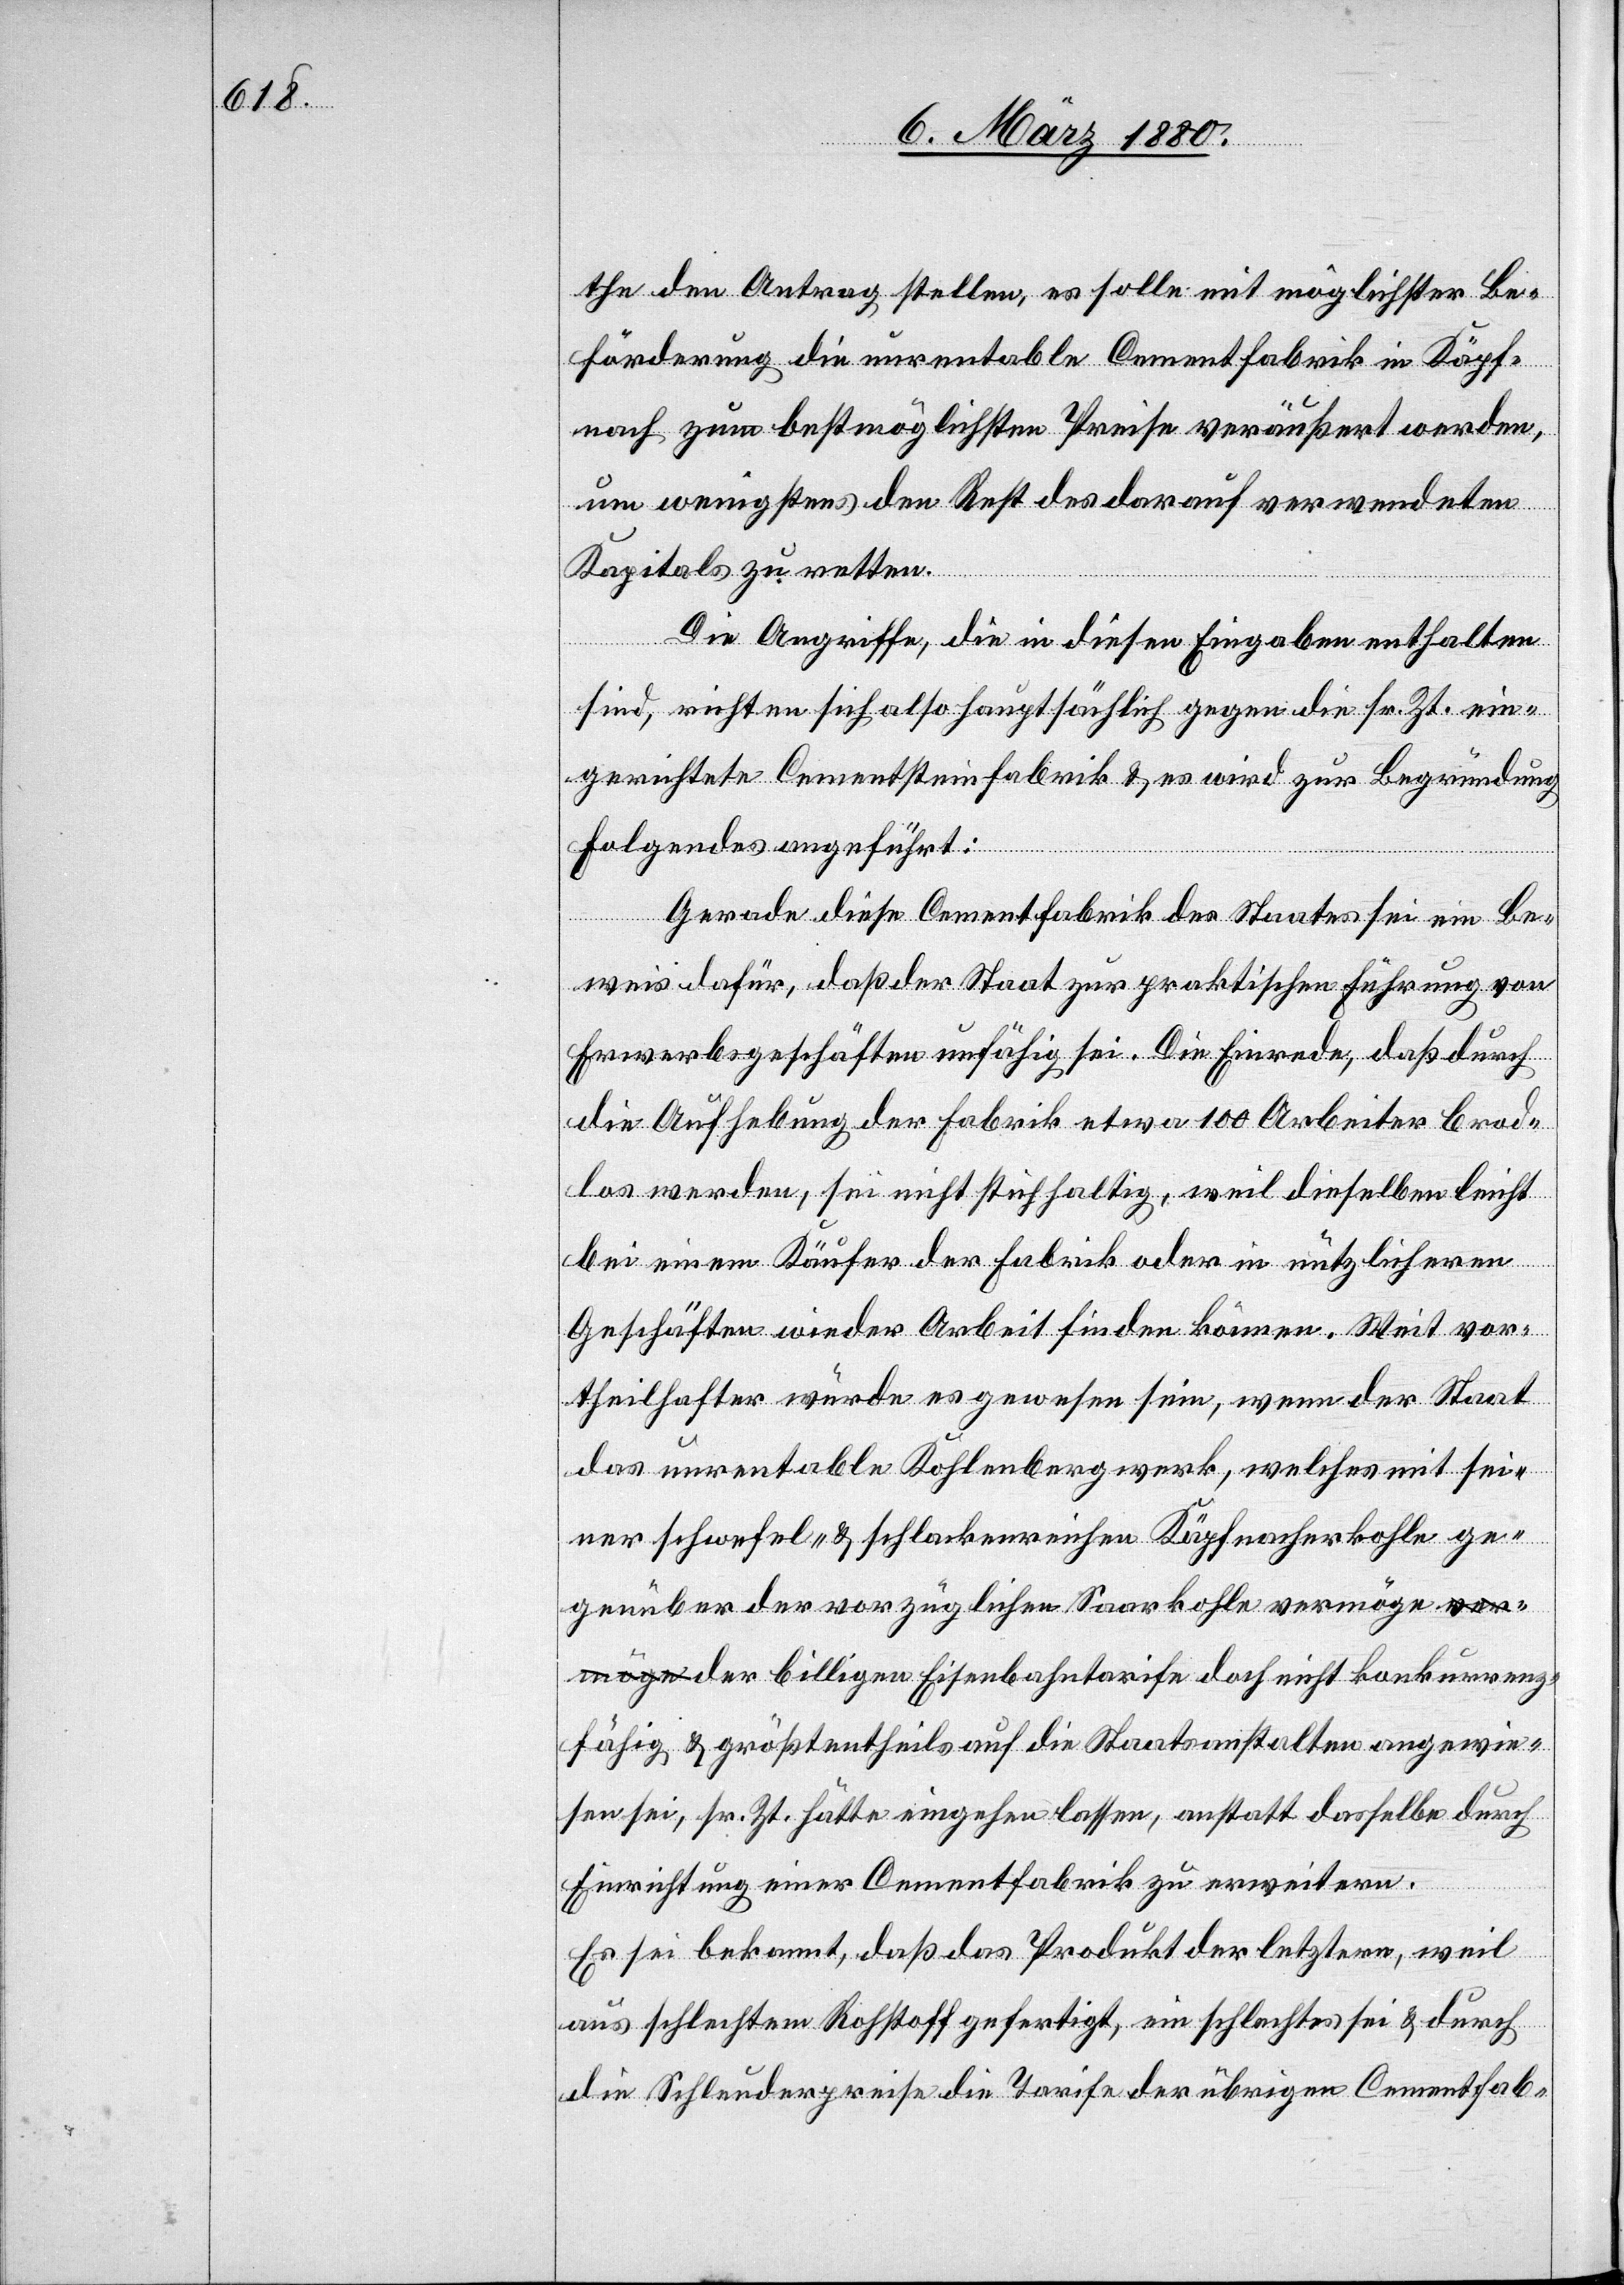
the den Antrag stellen, es solle mit möglichster Be¬
förderung die unrentable Cementfabrik in Käpf¬
nach zum bestmöglichsten Preise veräußert werden,
um wenigstens den Rest des darauf verwendeten
Kapitals zu retten.
Die Angriffe, die in diesen Eingaben enthalten
sind, richten sich also hauptsächlich gegen die sr. Zt. ein¬
gerichtete Cementfabrik & es wird zur Begründung
Folgendes angeführt:
Gerade diese Cementfabrik des Staates sei ein Be¬
weis dafür, daß der Staat zur praktischen Führung von
Erwerbsgeschäften unfähig sei. Die Einrede, daß durch
die Aufhebung der Fabrik etwa 100 Arbeiter Brod¬
los werden, sei nicht stichhaltig, weil dieselben leicht
bei einem Käufer der Fabrik oder in nützlicheren
Geschäften wieder Arbeit finden können. Weit vor¬
theilhafter würde es gewesen sein, wenn der Staat
das unrentable Kohlenbergwerk, welches mit sei¬
ner schwefel- & schlackenreichen Käpfnacherkohle ge¬
genüber der vorzüglichen Saarkohle vermöge d¬
er billigen Eisenbahntarife doch nicht konkurrenz¬
fähig & größtentheils auf die Staatsanstalten angewie¬
sen sei, sr. Zt. hätte eingehen lassen, anstatt dasselbe durch
Einrichtung einer Cementfabrik zu erweitern.
Es sei bekannt, daß das Produkt der letztern, weil
aus schlechtem Rohstoff gefertigt, ein schlechtes sei & durch
die Schleuderpreise die Tarife der übrigen Cementfab-